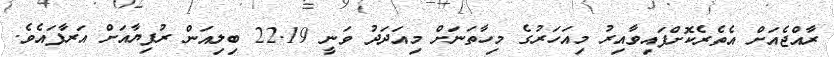
ރާއްޖެއަށް އެތެރެކޮށްފައިވާއިރު މިއަހަރުގެ މިހާތަނަށް މިއަދަދު ވަނީ 22.19 ބިލިއަން ރުފިޔާއަށް އަރާފައެވެ.